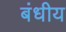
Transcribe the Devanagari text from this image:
बंधीय